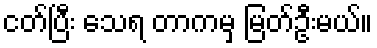
ငတ်ပြီး သေရ တာကမှ မြတ်ဦးမယ်။